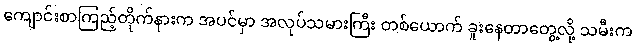
ကျောင်းစာကြည့်တိုက်နားက အပင်မှာ အလုပ်သမားကြီး တစ်ယောက် ခူးနေတာတွေ့လို့ သမီးက